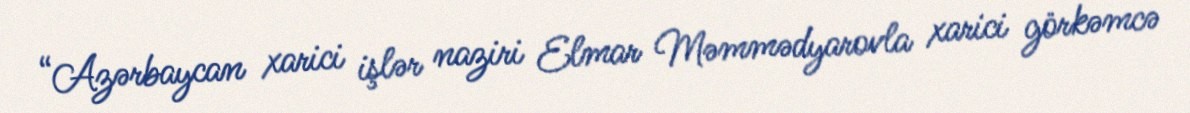
“Azərbaycan xarici işlər naziri Elmar Məmmədyarovla xarici görkəmcə